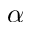
\alpha